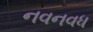
નવનવધ